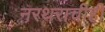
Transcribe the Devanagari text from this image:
नरथराचीही